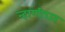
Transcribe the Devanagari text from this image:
न्हाणीघर